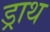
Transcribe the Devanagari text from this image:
ड्राथ